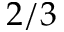
2 / 3